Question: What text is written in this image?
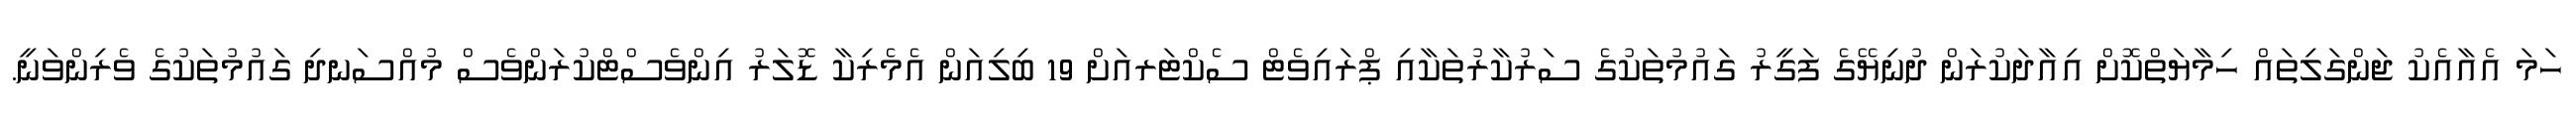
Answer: ހަމަ އެއާއެކު ޖަންގަލިތައް ހިމާޔަތްކޮށް އިއާދަކުރަން ދުނިޔޭގެ ފަގީރު ގައުމުތަކުގެ ސަރުކާރުތަކާއި ޕްރައިވެޓް ސެކްޓަރއަށް 19 ބިލިއަން އެމެރިކާ ޑޮލަރު އިންވެސްޓްކުރަންވެސް މުއްސަނދި ގައުމުތަކުގެ ވެރިންވަނީ.